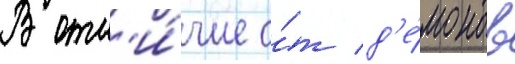
В отл'и́чие о́т д'е́монов